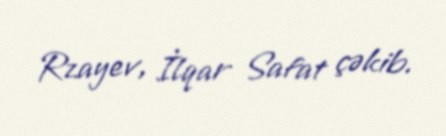
Rzayev, İlqar Safat çəkib.